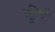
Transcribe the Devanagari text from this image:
मुष्किल